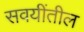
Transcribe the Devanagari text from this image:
सवयींतील